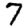
Digit: 7